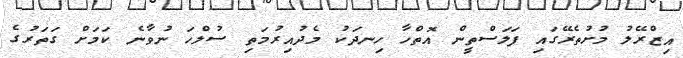
އިޒްރޭލު މުށުތެރޭގައި ފަލަސްތީން އޮތްހާ ހިނދަކު މެދުއިރުމަތި ސުލްހަ ނުވާނެ ކަމަށް ގަތަރުގެ